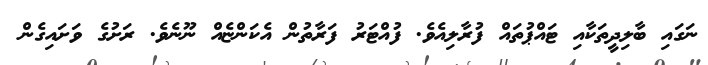
ނަގައި ބާލިދީތަކާއި ޓައްޕުތައް ފުރާލިއެވެ. ފުއްޓަރު ފަރާތުން އެކަންޏެއް ނޫނެވެ. ރަށުގެ ވަށައިގެން